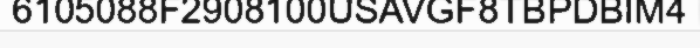
6105088F2908100USAVGF8TBPDBIM4